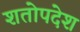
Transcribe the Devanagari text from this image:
शतोपदेश